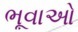
ભૂવાઓ